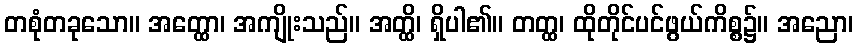
တစုံတခုသော။ အတ္ထော၊ အကျိုးသည်။ အတ္ထိ၊ ရှိပါ၏။ တတ္ထ၊ ထိုတိုင်ပင်ဖွယ်ကိစ္စ၌။ အညော၊